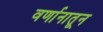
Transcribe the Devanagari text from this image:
वर्णानातून